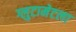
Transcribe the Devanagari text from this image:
ग्लुटामेटला